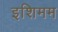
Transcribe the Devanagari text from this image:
इशिमम